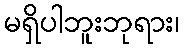
မရှိပါဘူးဘုရား၊